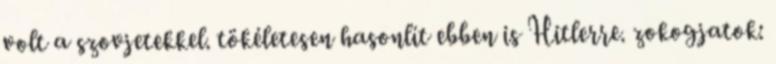
volt a szovjetekkel. tökéletesen hasonlít ebben is Hitlerre. zokogjatok: